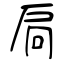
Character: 扃